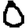
Digit: 0